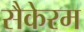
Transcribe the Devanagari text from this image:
सैकेरम